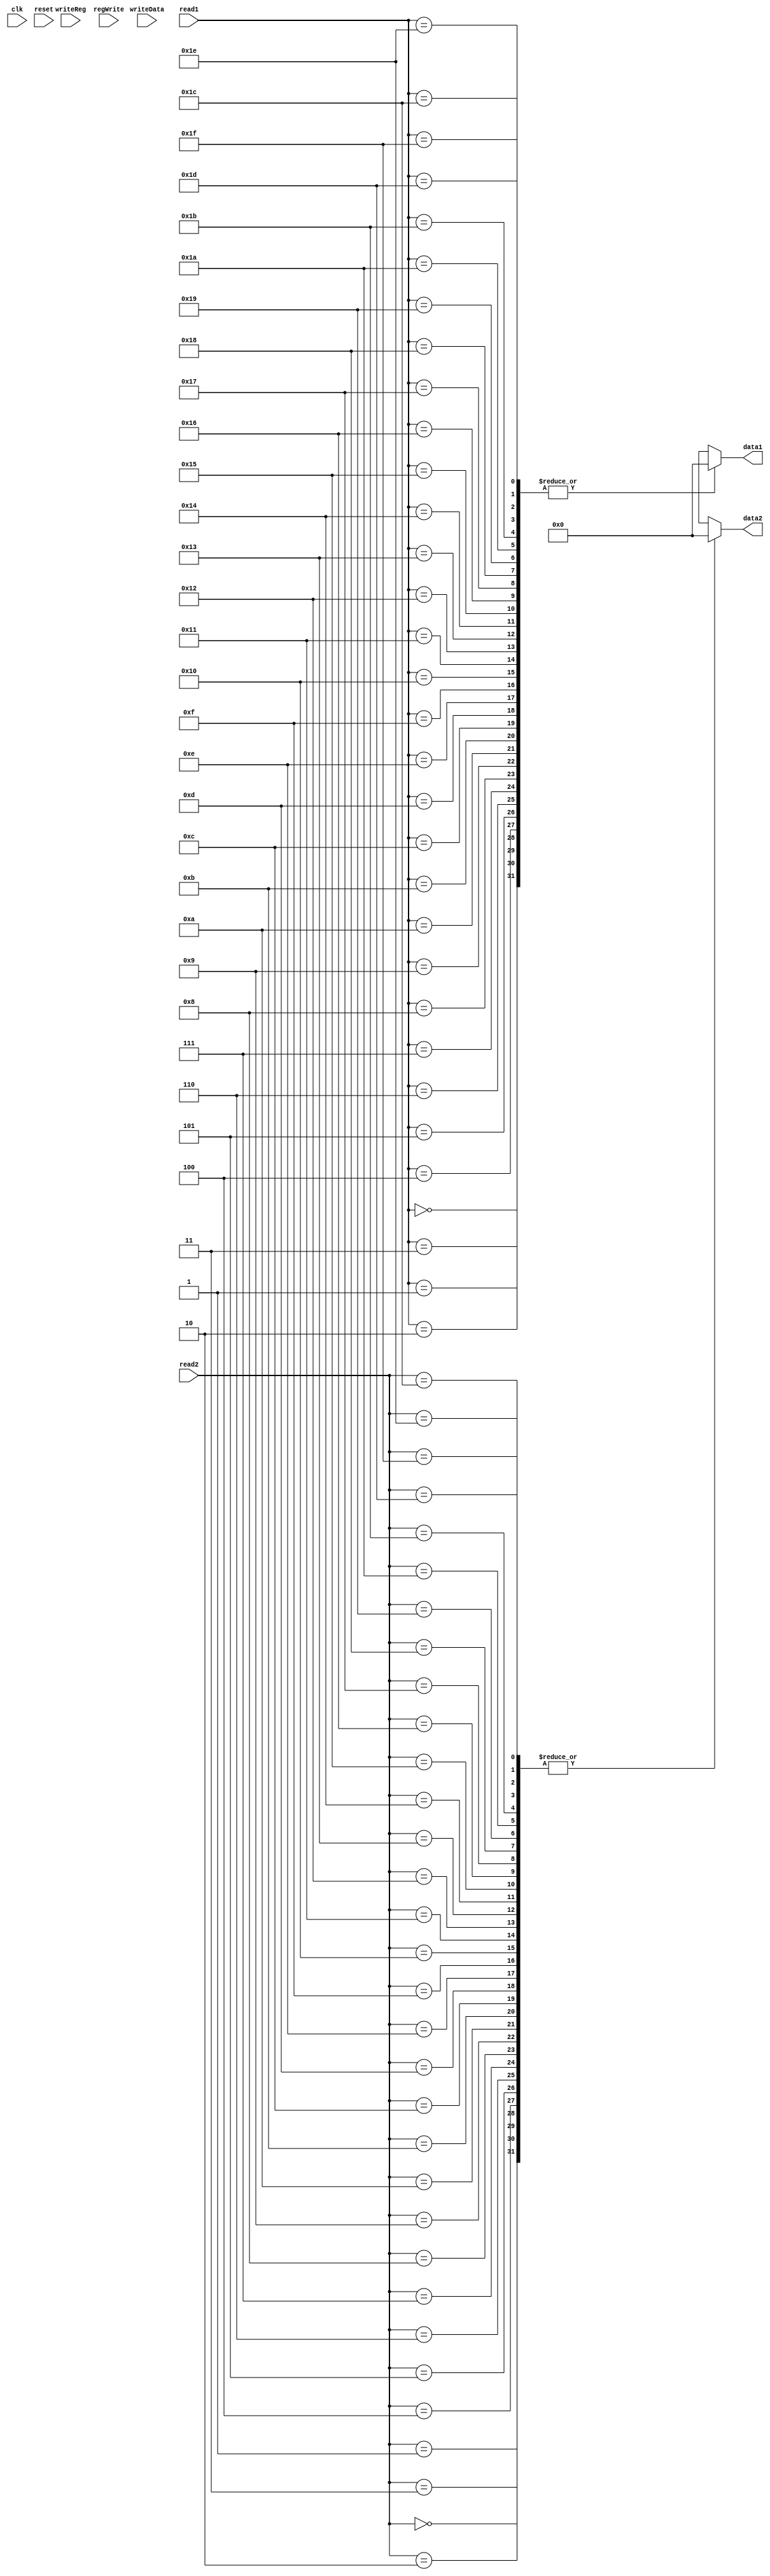
module register(data1,data2,writeReg,writeData,regWrite,clk,read1,read2,reset);

input [4:0] read1,read2,writeReg;
input [31:0] writeData ;
input regWrite,clk,reset;
output reg [31:0] data1,data2;

integer file,i;

reg[31:0] rf [0:31];
/*
always @(read1 or read2)
begin

	file = $fopen("C:/Code/register.txt","w");
	for(i=0;i<32;i=i+1)
	begin   
	$fwrite(file,"%b\n",rf[i]); 
	end
	$fclose(file);$display("end");
	$stop();

end
*/

always @(reset)
begin
rf[0]<=32'h00000000;
rf[1]<=32'h00000000;
rf[2]<=32'h00000000;
rf[3]<=32'h00000000;
rf[4]<=32'h00000000;
rf[5]<=32'h00000000;
rf[6]<=32'h00000000;
rf[7]<=32'h00000000;
rf[8]<=32'h00000000;
rf[9]<=32'h00000000;
rf[10]<=32'h00000000;
rf[11]<=32'h00000000;
rf[12]<=32'h00000000;
rf[13]<=32'h00000000;
rf[14]<=32'h00000000;
rf[15]<=32'h00000000;
rf[16]<=32'h00000000;
rf[17]<=32'h00000000;
rf[18]<=32'h00000000;
rf[19]<=32'h00000000;
rf[20]<=32'h00000000;
rf[21]<=32'h00000000;
rf[22]<=32'h00000000;
rf[23]<=32'h00000000;
rf[24]<=32'h00000000;
rf[25]<=32'h00000000;
rf[26]<=32'h00000000;
rf[27]<=32'h00000000;
rf[28]<=32'h00000000;
rf[29]<=32'h00000000;
rf[30]<=32'h00000000;
rf[31]<=32'h00000000;
end

always@(*)
begin
data1<=rf[read1];
data2<=rf[read2];
end
always@(posedge clk)
begin
if(regWrite && (writeReg !=5'b00000) )
      rf[writeReg]<=writeData;
end
endmodule


module tb_register();

reg [4:0] read1,read2,writeReg;
reg [31:0] writeData ;
reg regWrite,clk;
wire [31:0] data1,data2;

register a(data1,data2,writeReg,writeData,regWrite,clk,read1,read2);

initial 
begin 

regWrite=0;
clk=0;
read1=6'b000000;
read2=6'b000001;
$monitor($time,"data1-->%b,data2-->%b",data1,data2);
#5
clk=1;

end
endmodule